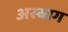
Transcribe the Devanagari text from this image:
अस्बाग